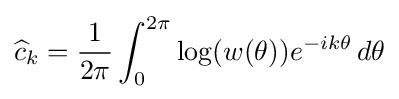
{\widehat {c}}_{k}={\frac {1}{2\pi }}\int _{0}^{2\pi }\log(w(\theta ))e^{-ik\theta }\,d\theta